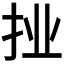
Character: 𭠙